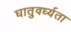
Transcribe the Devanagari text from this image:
घातुवर्ध्यता